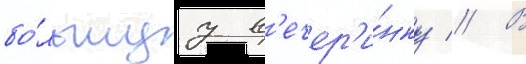
бо́льшуу в'ечер'и́нку // В